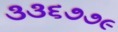
૩૩૬૭૭૯